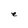
Character: e